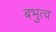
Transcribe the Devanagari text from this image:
बभुत्व